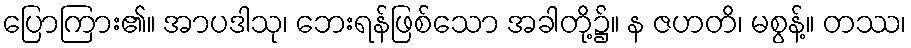
ပြောကြား၏။ အာပဒါသု၊ ဘေးရန်ဖြစ်သော အခါတို့၌။ န ဇဟတိ၊ မစွန့်။ တဿ၊